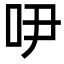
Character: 吚